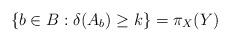
LaTeX: \begin{align*} \{b\in B:\delta(A_b)\ge k\}=\pi_X(Y)\end{align*}